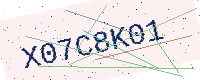
Text: X07C8K01